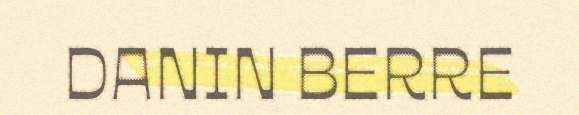
DANIN BERRE